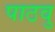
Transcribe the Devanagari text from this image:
पाठवु